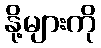
နို့များကို